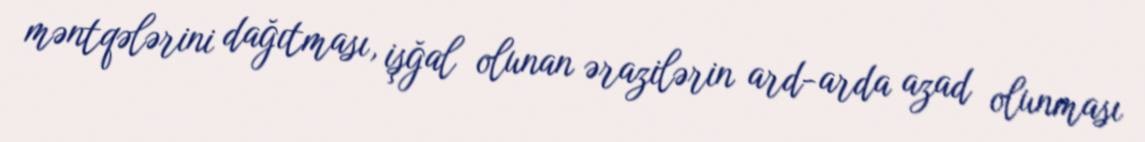
məntqələrini dağıtması, işğal olunan ərazilərin ard-arda azad olunması